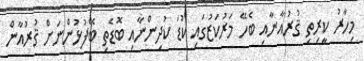
މިހާރު ކީރިތި ޤުރުއާނާއި ބެހޭ މަރުކަޒުގައި ކުޑަ ކުދިންނާއި ބޮޑެތި ބޭފުޅުންނަށް ޤުރުއާން